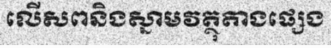
លើសពនិងស្នាមវត្ថុតាងផ្សេង